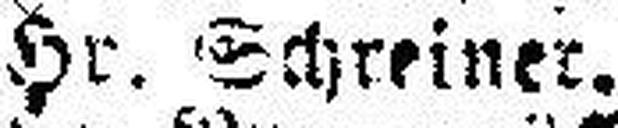
Hr. Schreiner.